Lunatic asylums Central Provinces reports 1910-1926 - 1910-1926
Year: 1910
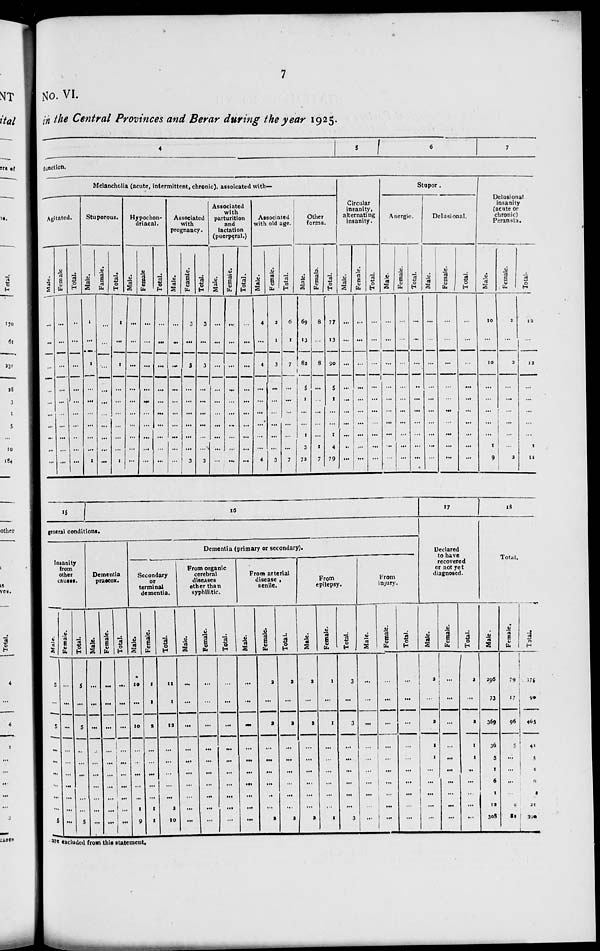
7
No. VI.
in the Central Provinces and Berar during the year 1925.
4
5
6
7
function.
Melancholia (acute, intermittent, chronic), assoicated with—
Agitated.
Male.
...
...
...
...
...
...
...
...
...
...
Female.
...
...
...
...
...
...
...
...
...
...
Total.
...
...
...
...
...
...
...
...
...
...
Stuporous.
Male.
1
...
1
...
...
...
...
...
...
1
Female.
...
...
...
...
...
...
...
...
...
...
Total.
1
...
1
...
...
...
...
...
...
1
Hypochon-
driacal.
Male.
...
...
...
...
...
...
...
...
...
...
Female.
...
...
...
...
...
...
...
...
...
...
Total.
...
...
...
...
...
...
...
...
...
...
Associated
with
pregnancy.
Male.
...
...
...
...
...
...
...
...
...
...
Female.
3
...
3
...
...
...
...
...
...
3
Total.
3
...
3
...
...
...
...
...
...
3
Associated
with
parturition
and
lactation
(puerperal.)
Male.
...
...
...
...
...
...
...
...
...
...
Female.
...
...
...
...
...
...
...
...
...
...
Total.
...
...
...
...
...
...
...
...
...
...
Associated
with old age.
Male.
4
...
4
...
...
...
...
...
...
4
Female.
2
1
3
...
...
...
...
...
...
3
Total.
6
1
7
...
...
...
...
...
...
7
Other
forms.
Male.
69
13
82
5
1
...
...
1
3
72
Female.
8
...
8
...
...
...
...
...
1
7
Total.
77
13
90
5
1
...
...
1
4
79
Circular
insanity,
alternating
insanity.
Male.
...
...
...
...
...
...
...
...
...
...
Female.
...
...
...
...
...
...
...
...
...
...
Total.
...
...
...
...
...
...
...
...
...
...
Stupor.
Anergic.
Male.
...
...
...
...
...
...
...
...
...
...
Female.
...
...
...
...
...
...
...
...
...
...
Total.
...
...
...
...
...
...
...
...
...
...
Delusional.
Male.
...
...
...
...
...
...
...
...
...
...
Female.
...
...
...
...
...
...
...
...
...
...
Total.
...
...
...
...
...
...
...
...
...
...
Delusional
insanity
(acute or
chronic)
Peransia.
Male.
10
...
10
...
...
...
...
...
1
9
Female.
2
...
2
...
...
...
...
...
...
2
Total.
12
...
12
...
...
...
...
...
1
11
15
16
general conditions.
Insanity
from
other
causes.
Male.
5
...
5
...
...
...
...
...
5
Female.
...
...
...
...
...
...
...
...
...
Total.
5
...
5
...
...
...
...
...
5
Dementia
praecox.
Male.
...
...
...
...
...
...
...
...
...
Female.
...
...
...
...
...
...
...
...
...
Total.
...
...
...
...
...
...
...
...
...
Dementia (primary or secondary).
Secondary
or
terminal
dementia.
Male.
10
...
10
...
...
...
...
1
9
Female.
1
1
2
...
...
...
...
1
1
Total.
11
1
12
...
...
...
...
2
10
From organic
cerebral
diseases
other than
syphilitic.
Male.
...
...
...
...
...
...
...
...
...
Female.
...
...
...
...
...
...
...
...
...
Total.
...
...
...
...
...
...
...
...
...
From arterial
disease ,
senile.
Male.
...
...
...
...
...
...
...
...
...
Female.
2
...
2
...
...
...
...
...
2
Total.
2
...
2
...
...
...
...
...
2
From
epilepsy.
Male.
2
...
2
...
...
...
...
...
2
Female.
1
...
1
...
...
...
...
...
1
Total.
3
...
3
...
...
...
...
...
3
From
injury.
Male.
...
...
...
...
...
...
...
...
...
Female.
...
...
...
...
...
...
...
...
...
Total.
...
...
...
...
...
...
...
...
...
17
Declared
to have
recovered
or not yet
diagnosed.
Male.
2
...
2
1
1
...
...
...
...
Female.
...
...
...
...
...
...
...
...
...
Total.
2
...
2
1
1
...
...
...
...
18
Total.
Male.
296
73
369
36
5
6
1
12
308
Female.
79
17
96
5
...
...
...
9
82
Total.
375
90
465
41
5
6
1
21
390
are excluded from this statement.